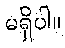
မရှိပါ။